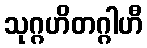
သုဂ္ဂဟိတဂ္ဂါဟီ